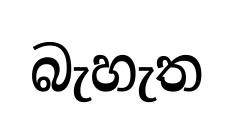
බැහැත